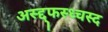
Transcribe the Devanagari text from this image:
अस्द्द्फस्ध्चस्द